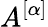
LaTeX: A^{[\alpha]}